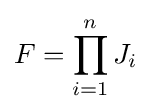
F=\prod _{i=1}^{n}J_{i}